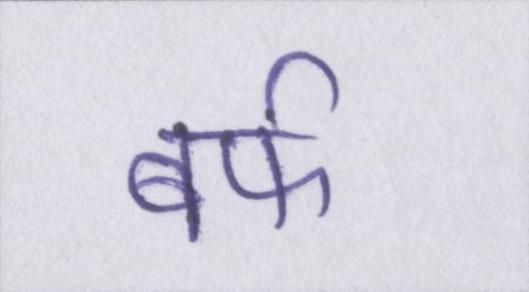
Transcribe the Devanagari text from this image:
बर्फ